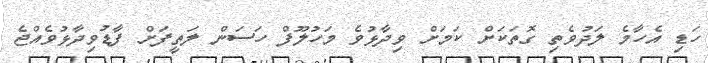
ހަޑި އެހާމެ ލަދުވެތި ގޮތަކަށް ކަމަށް ވިދާޅުވެ މަހުލޫފް ހަސަން ލަތީފަށް ފާޑުވިދާޅުވެއްޖެ